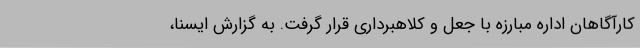
کارآگاهان اداره مبارزه با جعل و کلاهبرداری قرار گرفت. به گزارش ایسنا،